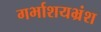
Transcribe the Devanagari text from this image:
गर्भाशयभ्रंश